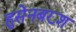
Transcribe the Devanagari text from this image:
हुसेनबख्श